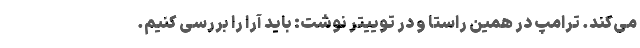
می‌کند. ترامپ در همین راستا و در توییتر نوشت: باید آرا را بررسی کنیم.